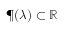
\P ( \lambda ) \subset \mathbb { R }